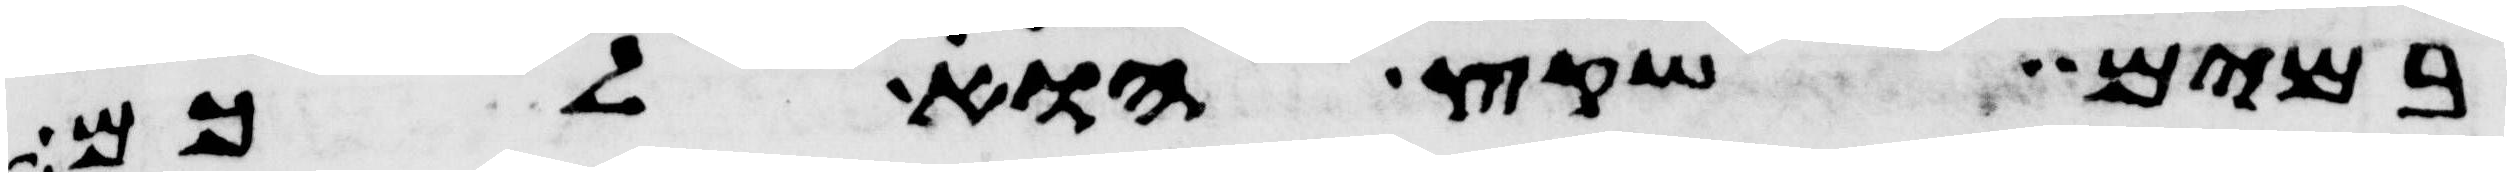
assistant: במים שקץ הוא לכם